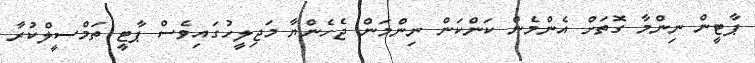
ޕާޓީން ނިންމާ ގޮތަށް އެންމެން ކަންކަން ނިންމަން ޖެހެންޔާ މަޖިލީހުގައިވެސް ޕާޓީ ތަމްސީލްކުރާ